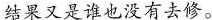
结果又是谁也没有去修。